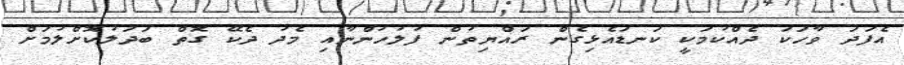
އެފަދަ ވާހަކަ ދެއްކުމަކީ ކަނޑައެޅިގެން ރައްޔިތުން ފުލުހުންނާއި މެދު ދެކޭ ގޮތް ބަދަލުކޮށްލުމަށް